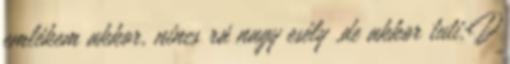
emlékem akkor, nincs rá nagy esély ,de akkor tuti:D